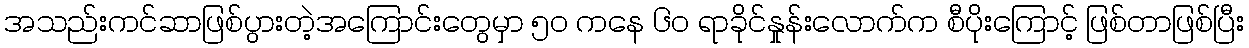
အသည်းကင်ဆာဖြစ်ပွားတဲ့အကြောင်းတွေမှာ ၅၀ ကနေ ၆၀ ရာခိုင်နှုန်းလောက်က စီပိုးကြောင့် ဖြစ်တာဖြစ်ပြီး